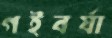
গইবর্যা